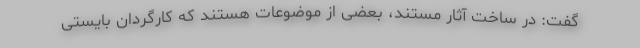
گفت: در ساخت آثار مستند، بعضی از موضوعات هستند که کارگردان بایستی